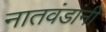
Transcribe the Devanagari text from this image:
नातवंडांनी